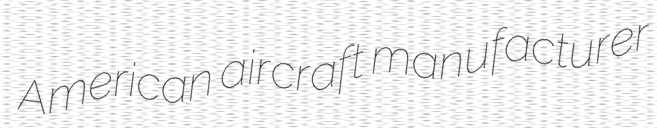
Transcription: American aircraft manufacturer